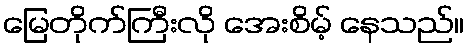
မြေတိုက်ကြီးလို အေးစိမ့် နေသည်။